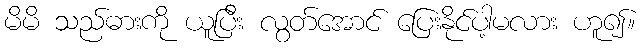
မိမိ သည်ဓားကို ယူပြီး လွတ်အောင် ပြေးနိုင်ပါ့မလား ဟူ၍။